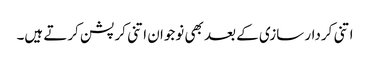
اتنی کردار سازی کے بعد بھی نوجوان اتنی کرپشن کرتے ہیں۔